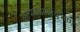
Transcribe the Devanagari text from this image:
आपद्अनुविभाग